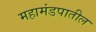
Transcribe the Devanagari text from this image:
महामंडपातील